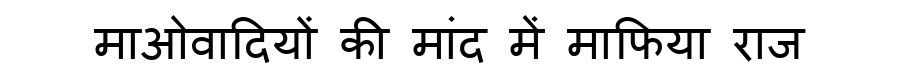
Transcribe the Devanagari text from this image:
माओवादियों की मांद में माफिया राज